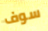
سوف